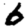
Digit: 6